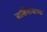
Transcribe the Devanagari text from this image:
बार्सिलोनाच्या